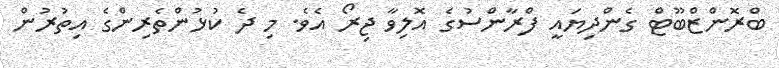
ބްރޮންޒްބޫޓް ގެންދިޔައީ ފްރާންސުގެ އޮލިވާ ޖިރޯ އެވެ. މި ދެ ކުޅުންތެރިންގެ އިތުރުން